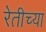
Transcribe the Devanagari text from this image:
रेतीच्या